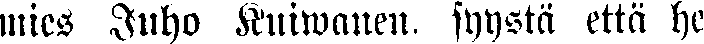
mies Juho Kuiwanen, syystä että he